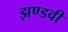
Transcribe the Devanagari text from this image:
झण्डवी